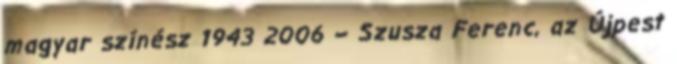
magyar színész 1943 2006 – Szusza Ferenc, az Újpest